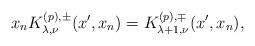
LaTeX: \begin{align*} x_n K^{(p),\pm}_{\lambda,\nu}(x^\prime,x_n)=K^{(p),\mp}_{\lambda+1,\nu}(x^\prime,x_n), \end{align*}